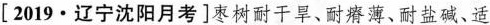
[2019·辽宁沈阳月考]枣树耐干旱、耐瘠薄、耐盐碱、适